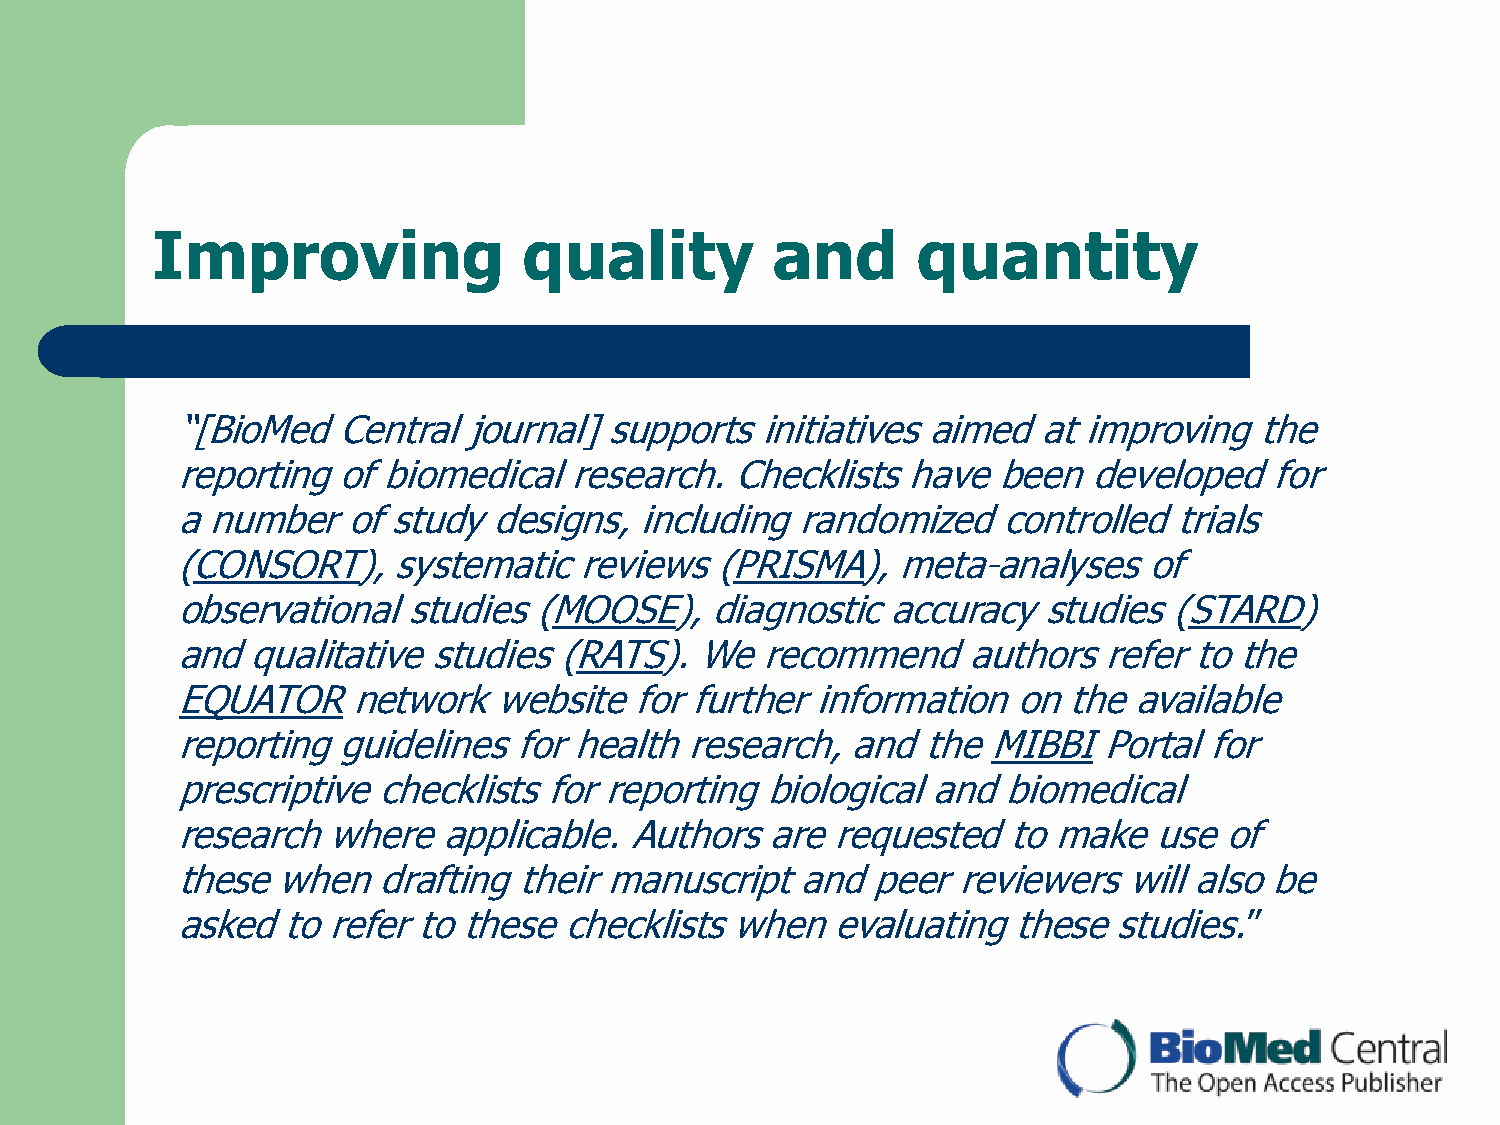
Improving                quality         and       quantity
 “[BioMed  Central  journal] supports  initiatives aimed  at improving  the
 reporting of biomedical   research.  Checklists have  been  developed   for
 a number   of study  designs, including  randomized   controlled  trials
 (CONSORT),    systematic  reviews  (PRISMA),   meta-analyses    of
 observational  studies (MOOSE),    diagnostic  accuracy  studies  (STARD)
 and  qualitative studies (RATS).  We  recommend     authors  refer to the
 EQUATORnetwork       website  for further information  on  the available
 reporting guidelines  for health research,  and  the MIBBIPortal    for
 prescriptive checklists for reporting  biological and  biomedical
 research  where  applicable.  Authors  are requested   to make  use  of
 these when   drafting their manuscript   and  peer reviewers   will also be
 asked  to refer to these checklists when   evaluating  these  studies.”